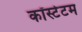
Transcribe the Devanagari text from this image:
कॉस्टेटम